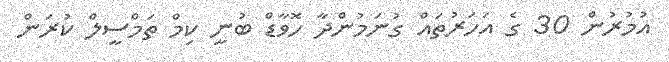
އުމުރުން 30 ގެ އަހަރުތައް ގުނަމުންދާ ހޮވާޑް ބުނީ ކިމް ތަމްސީލް ކުރަން